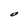
Character: O